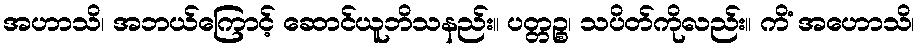
အဟာသိ၊ အဘယ်ကြောင့် ဆောင်ယူဘိသနည်း။ ပတ္တဉ္စ၊ သပိတ်ကိုလည်း။ ကိံ အဟောသိ၊